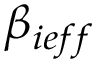
\beta _ { i e f f }